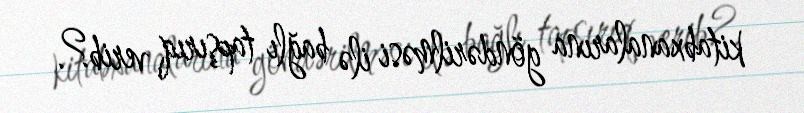
kitabxanalarına göndərilməsi ilə bağlı tapşırıq verib?.